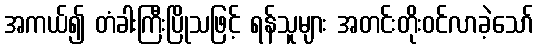
အကယ်၍ တံခါးကြီးပြိုသဖြင့် ရန်သူများ အတင်းတိုးဝင်လာခဲ့သော်